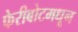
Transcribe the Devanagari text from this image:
फेरीबोटमधून